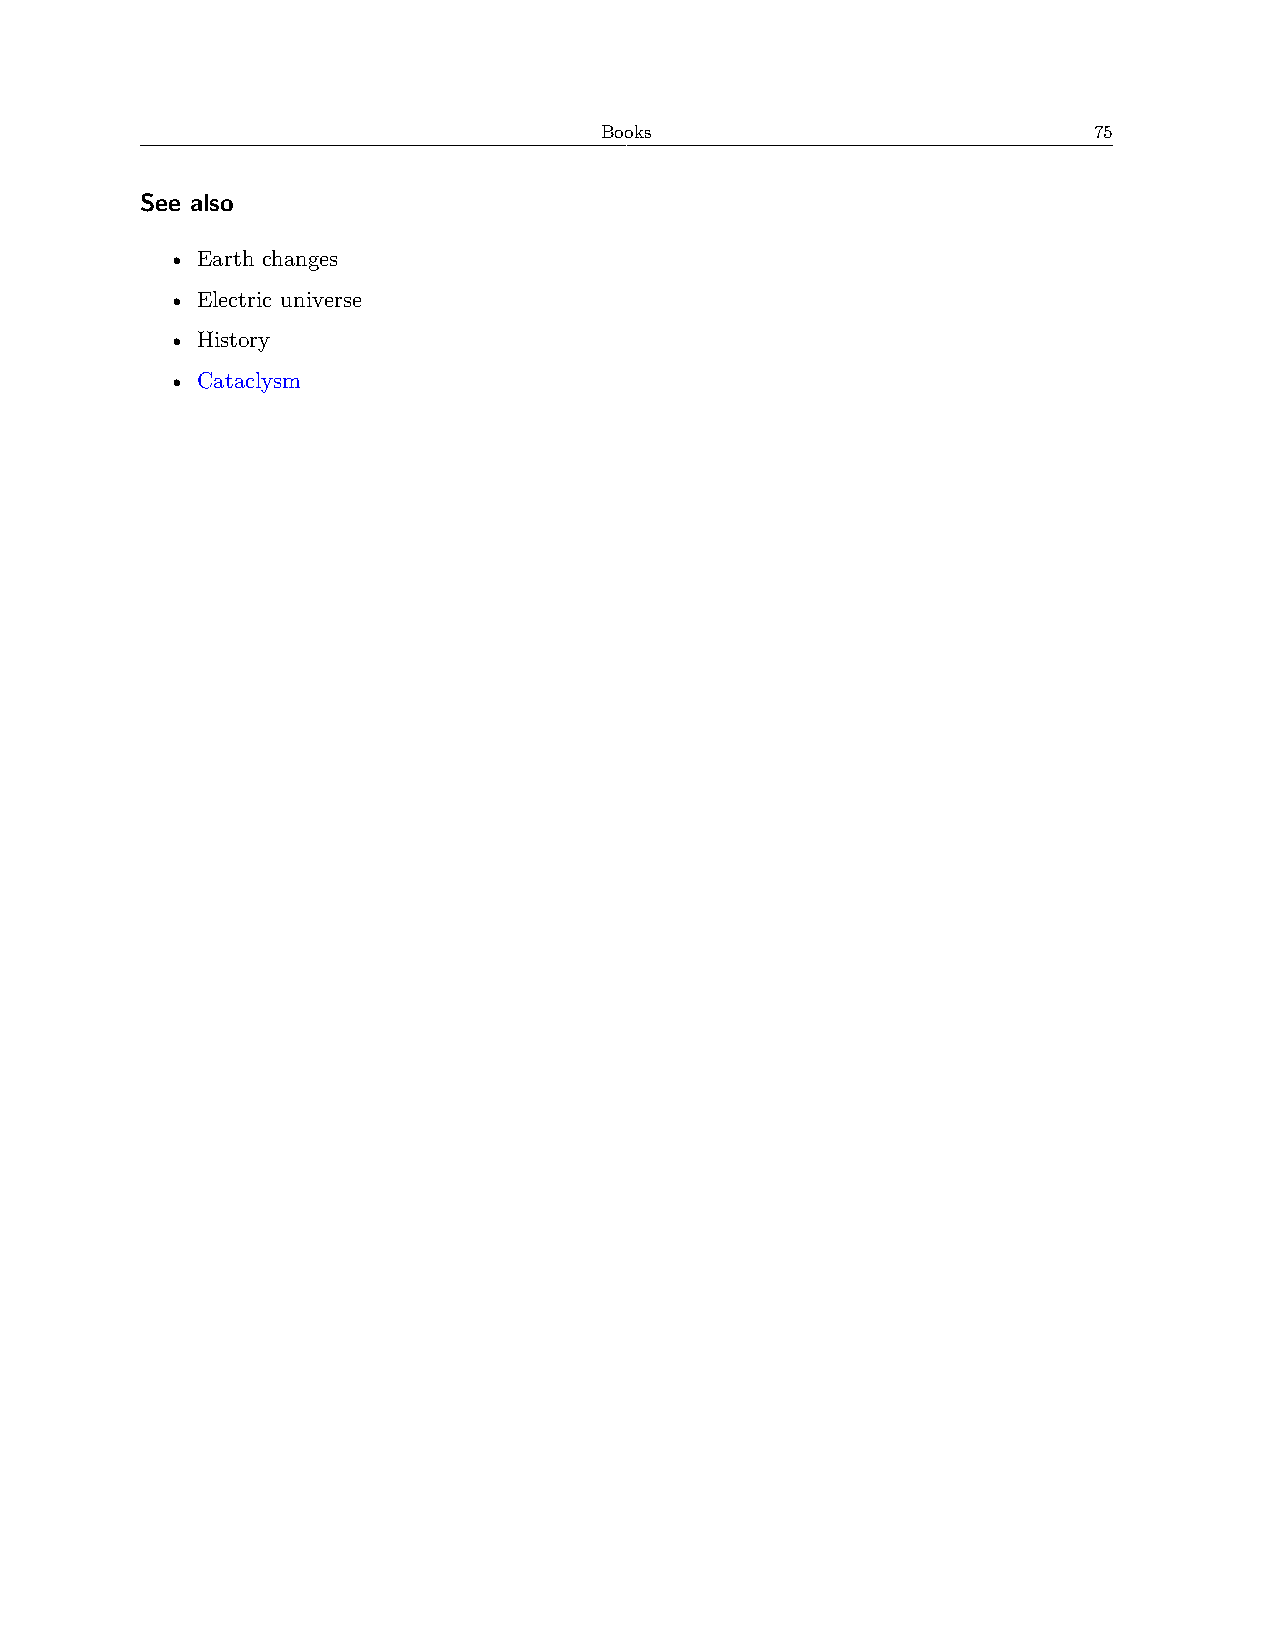
Books                           75
 See also
 • Earth changes
 • Electric universe
 • History
 • Cataclysm